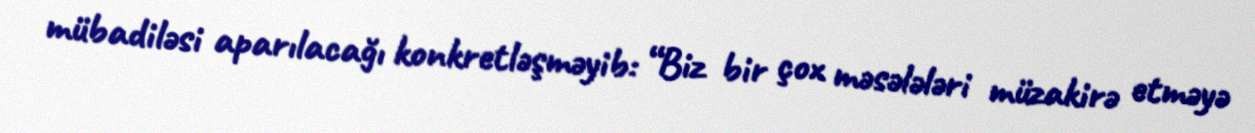
mübadiləsi aparılacağı konkretləşməyib: “Biz bir çox məsələləri müzakirə etməyə